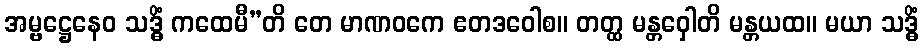
အမ္ဗဋ္ဌေနေဝ သဒ္ဓိံ ကထေမီ”တိ တေ မာဏဝကေ ဧတဒဝေါစ။ တတ္ထ မန္တဝှေါတိ မန္တယထ။ မယာ သဒ္ဓိံ